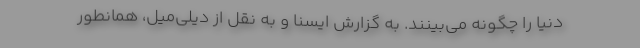
دنیا را چگونه می‌بینند. به گزارش ایسنا و به نقل از دیلی‌میل، همانطور